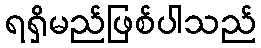
ရရှိမည်ဖြစ်ပါသည်